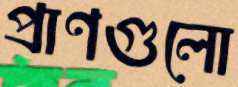
প্রাণগুলো